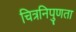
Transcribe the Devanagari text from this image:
चित्रनिपुणता